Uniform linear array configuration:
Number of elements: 64
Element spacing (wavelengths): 1
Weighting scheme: kaiser
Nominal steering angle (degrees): -60
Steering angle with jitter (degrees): -59.058
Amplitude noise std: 0.05
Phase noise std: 0.05

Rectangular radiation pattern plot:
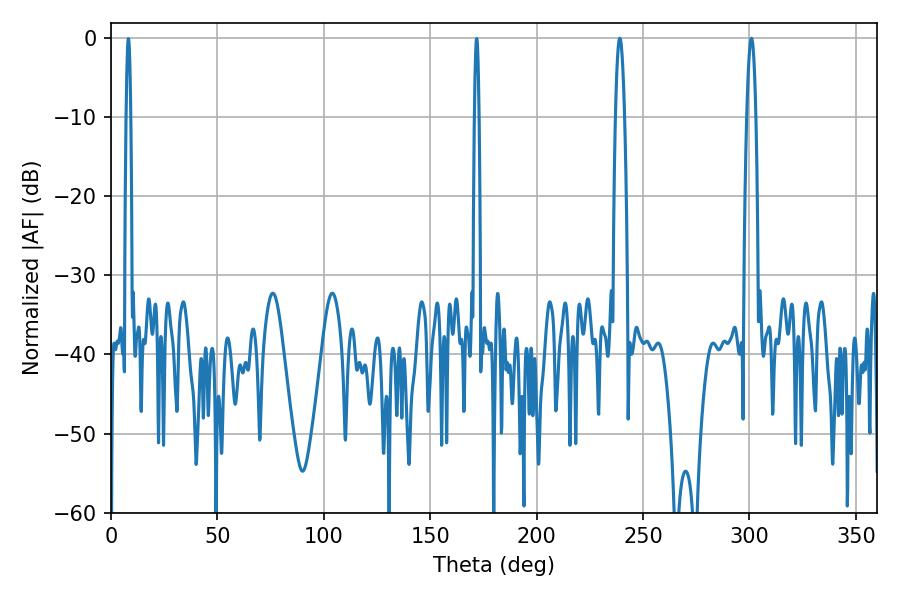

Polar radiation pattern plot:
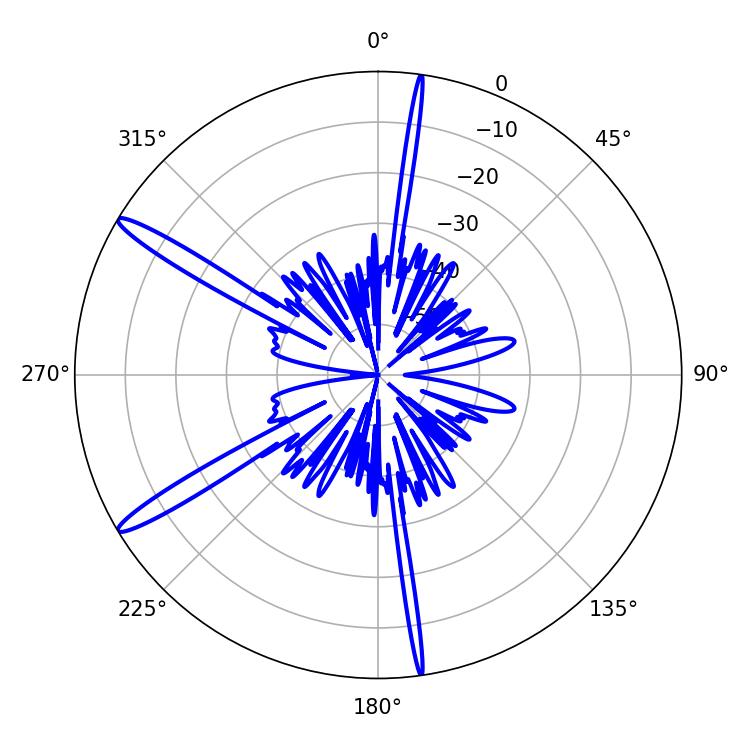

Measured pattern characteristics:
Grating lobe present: TRUE
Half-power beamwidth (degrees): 2.34
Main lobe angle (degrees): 300.96